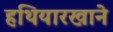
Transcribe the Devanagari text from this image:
हथियारखाने